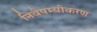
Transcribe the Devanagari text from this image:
निवैषम्यीकरण